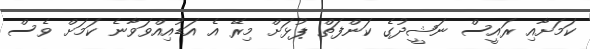
ކަމަށާއި ރައީސް ނަޝީދުގެ ކަންފަތް ޕުޅަށް މިރޭ އެ އަޑުއިއްވަވާނެ ކަމަށް ވެސް